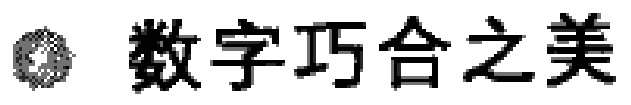
数字巧合之美